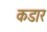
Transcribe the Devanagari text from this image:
कडार